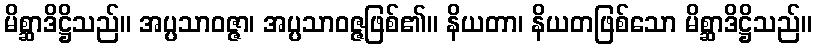
မိစ္ဆာဒိဋ္ဌိသည်။ အပ္ပသာဝဇ္ဇာ၊ အပ္ပသာဝဇ္ဇဖြစ်၏။ နိယတာ၊ နိယတဖြစ်သော မိစ္ဆာဒိဋ္ဌိသည်။